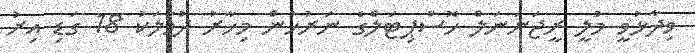
ވިދާޅުވީ މުލީ ރީޖަނަނަލް ހޮސްޕިޓަލްގެ ނަރުހުން މިހާރު ދުވާލަކު 18 ގަޑި އިރު